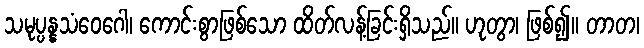
သမုပ္ပန္နသံဝေဂေါ၊ ကောင်းစွာဖြစ်သော ထိတ်လန့်ခြင်းရှိသည်။ ဟုတွာ၊ ဖြစ်၍။ တာတ၊